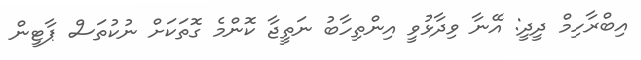
އިބްރާހިމް ދީދީ: އޭނާ ވިދާޅުވީ އިންތިހާބު ނަތީޖާ ކޮންމެ ގޮތަކަށް ނުކުތަސް ޕާޓީން